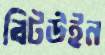
বিটউইন